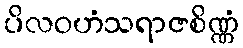
ပိလဝဟံသရာဇစိဏ္ဏံ